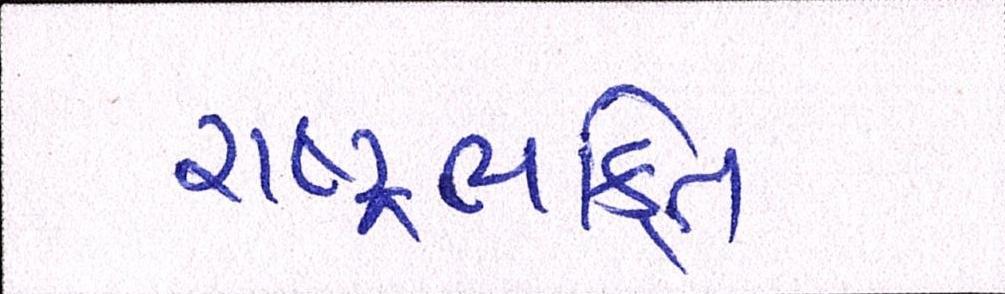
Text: રાષ્ટ્રભક્તિ